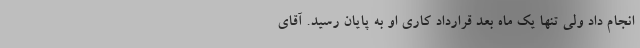
انجام داد ولی تنها یک ماه بعد قرارداد کاری او به پایان رسید. آقای